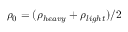
\rho _ { 0 } = ( \rho _ { h e a v y } + \rho _ { l i g h t } ) / 2